Leaving Certificate Examination (including Day School Certificate (Higher) General paper), 1936
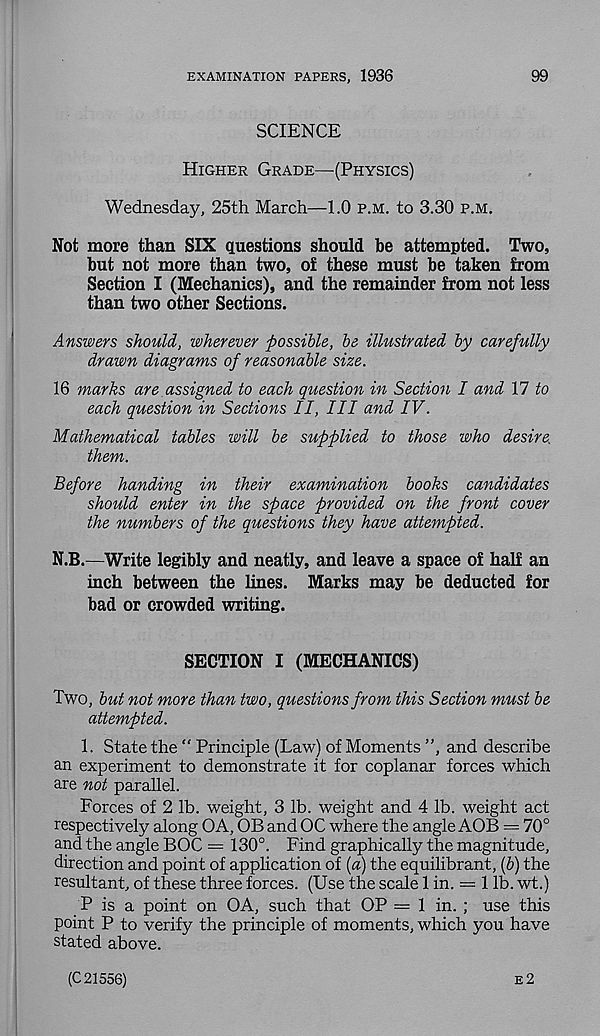
EXAMINATION PAPERS, 1936
99
SCIENCE
Higher Grade—(Physics)
Wednesday, 25th March—1.0 p.m. to 3.30 p.m.
Not more than SIX questions should be attempted. Two,
but not more than two, o£ these must be taken from
Section I (Mechanics), and the remainder from not less
than two other Sections.
Answers should, wherever possible, be illustrated by carefully
drawn diagrams of reasonable size.
16 marks are assigned to each question in Section I and \1 to
each question in Sections II, III and IV.
Mathematical tables will be supplied to those who desire
them.
Before handing in their examination books candidates
should enter in the space provided on the front cover
the numbers of the questions they have attempted.
N.B.—Write legibly and neatly, and leave a space of half an
inch between the lines. Marks may be deducted for
bad or crowded writing.
SECTION I (MECHANICS)
Two, but not more than two, questions from this Section must be
attempted.
1. State the " Principle (Law) of Moments ”, and describe
an experiment to demonstrate it for coplanar forces which
are not parallel.
Forces of 2 lb. weight, 3 lb. weight and 4 lb. weight act
respectively along OA, OB and OC where the angle AOB = 70°
and the angle BOC = 130°. Find graphically the magnitude,
direction and point of application of [a) the equilibrant, (h) the
resultant, of these three forces. (Use the scale 1 in. = 1 lb. wt.)
P is a point on OA, such that OP =1 in. ; use this
point P to verify the principle of moments, which you have
stated above.
e2
(C 21556)